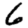
Digit: 6